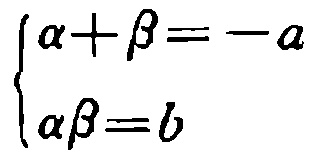
\[\begin{cases}

\alpha+\beta=-a \\

\alpha\beta = b

\end{cases}\]